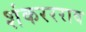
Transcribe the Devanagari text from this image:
शंकररराव